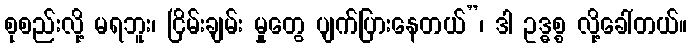
စုစည်းလို့ မရဘူး၊ ငြိမ်းချမ်း မှုတွေ ပျက်ပြားနေတယ်”၊ ဒါ ဥဒ္ဓစ္စ လို့ခေါ်တယ်။